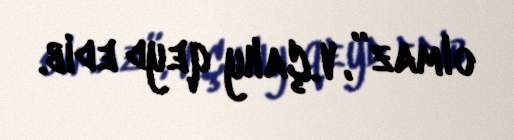
olmaz”, V.Çalıy qeyd edib.